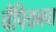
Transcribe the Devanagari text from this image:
चँपियनचा